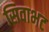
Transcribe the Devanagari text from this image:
सिवाभट